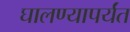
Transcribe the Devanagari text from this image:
घालण्यापर्यंत